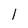
Character: I